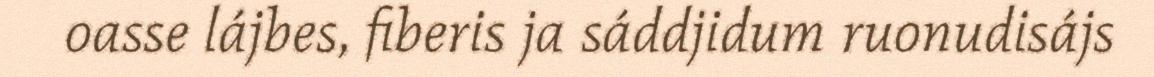
oasse lájbes, fiberis ja sáddjidum ruonudisájs